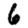
Digit: 6